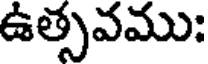
ఉత్సవము: